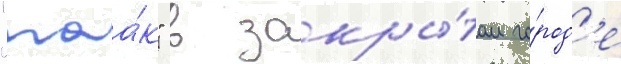
"маа́к" в закры́том го́род'е